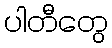
ပါတီတွေ